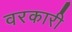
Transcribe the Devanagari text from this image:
वरकारी